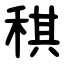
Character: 稘